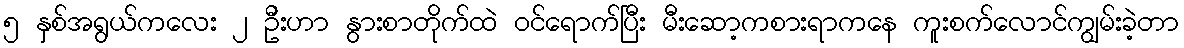
၅ နှစ်အရွယ်ကလေး ၂ ဦးဟာ နွားစာတိုက်ထဲ ဝင်ရောက်ပြီး မီးဆော့ကစားရာကနေ ကူးစက်လောင်ကျွမ်းခဲ့တာ